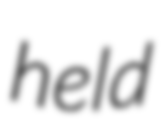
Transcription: held